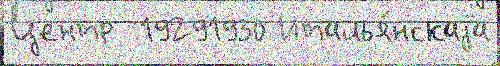
Центр  19291930 Италья́нскаjа